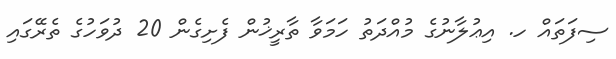
ސިފަތައް ހ. އިޢުލާނުގެ މުއްދަތު ހަމަވާ ތާރީޚުން ފެށިގެން 20 ދުވަހުގެ ތެރޭގައި